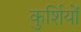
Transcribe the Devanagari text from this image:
कुर्शियों